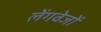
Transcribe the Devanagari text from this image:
लेंगवेजों